Triennial report on the lunatic asylums in the province of Eastern Bengal and Assam - 1903-1911
Year: 1903
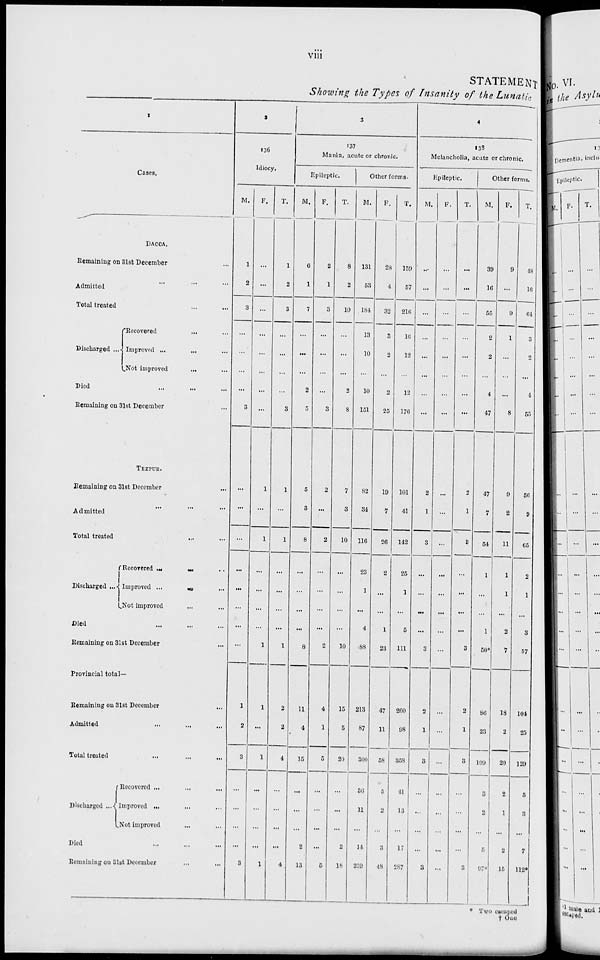
viii
STATEMENT
Showing the Types of Insanity of the Lunatic
1
Cases.
DACCA.
Remaining on 31st December ...
Admitted ... ... ...
Total treated ... ...
Discharged ...
Recovered ... ...
Improved ... ... ...
Not improved ... ...
Died ... ... ...
Remaining on 31st December ...
TEZPUR.
Remaining on 31st December ...
Admitted ... ... ...
Total treated ... ...
Discharged ...
Recovered ... ... ...
Improved ...
...
...
Not improved ... ...
Died ... ... ...
Remaining on 31st December ...
Provincial total—
Remaining on 31st December ...
Admitted ... ... ...
Total treated ... ... ...
Discharged ...
Recovered ... ... ...
Improved ... ... ...
Not improved ... ...
Died ... ... ...
Remaining on 31st December ... ...
2
136
Idiocy.
M.
1
2
3
...
...
...
...
3
...
...
...
...
...
...
...
...
1
2
3
...
...
...
...
3
F.
...
...
...
...
...
...
...
...
1
...
1
...
...
...
...
1
1
...
1
...
...
...
...
1
T.
1
2
3
...
...
...
...
3
1
...
1
...
...
...
...
1
2
2
4
...
...
...
...
4
3
137
Mania, acute or chronic.
Epileptic.
M.
6
1
7
...
...
...
2
5
5
3
8
...
...
...
...
8
11
4
15
...
...
...
2
13
F.
2
1
3
...
...
...
...
3
2
...
2
...
...
...
...
2
4
1
5
...
...
...
...
5
T.
8
2
10
...
...
...
2
8
7
3
10
...
...
...
...
10
15
5
20
...
...
...
2
18
Other forms.
M.
131
53
184
13
10
...
10
151
82
34
116
23
1
...
4
88
213
87
300
36
11
...
14
239
F.
28
4
32
3
2
...
2
25
19
7
26
2
...
...
1
23
47
11
58
5
2
...
3
48
T.
159
57
216
16
12
...
12
176
101
41
142
25
1
...
5
111
260
98
358
41
13
...
17
287
4
138
Melancholia, acute or chronic.
Epileptic.
M.
...
...
...
...
...
...
...
...
2
1
3
...
...
...
...
3
2
1
3
...
...
...
...
3
F.
...
...
...
...
...
...
...
...
...
...
...
...
...
...
...
...
...
...
...
...
...
...
...
...
T.
...
...
...
...
...
...
...
...
2
1
3
...
...
...
...
3
2
1
3
...
...
...
...
3
Other forms.
M.
39
16
55
2
2
...
4
47
47
7
54
1
...
...
1
50*
86
23
109
3
2
...
5
97*
F.
9
...
9
1
...
...
...
8
9
2
11
1
1
...
2
7
18
2
20
2
1
...
2
15
T.
48
10
64
3
2
...
4
55
56
9
65
2
1
...
3
57
104
25
129
5
3
...
7
112*
* Two escaped
† One